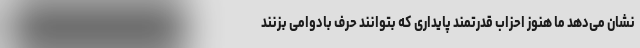
نشان می‌دهد ما هنوز احزاب قدرتمند پایداری که بتوانند حرف بادوامی بزنند